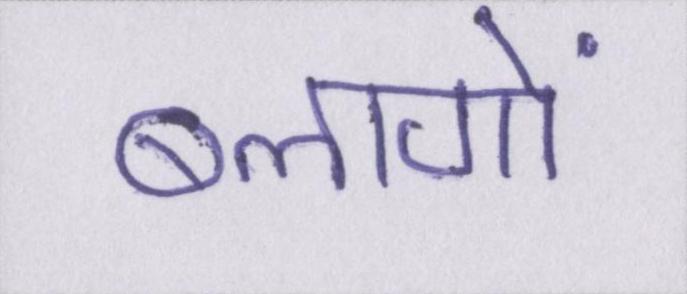
ब्लागों